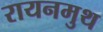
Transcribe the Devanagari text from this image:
रायनमुथ